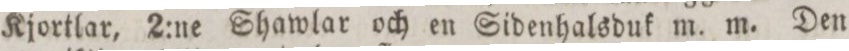
Kjortlar, 2:ne Shawlar och en Sidenhalsduk m. m. Den